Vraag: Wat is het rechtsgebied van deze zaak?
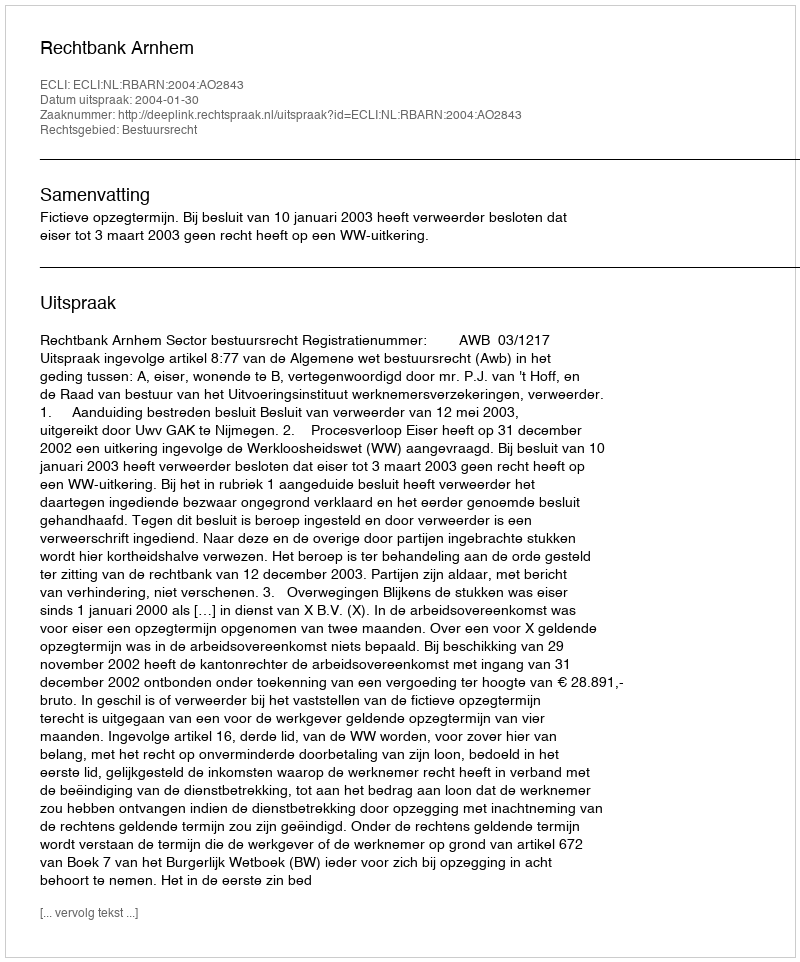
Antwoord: Bestuursrecht